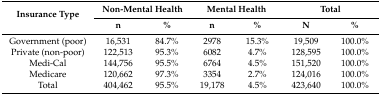
| <ROWSPAN=2> Insurance Type | <COLSPAN=2> Non-Mental Health | <COLSPAN=2> Mental Health | <COLSPAN=2> Total |
 | n | % | n | % | N | % |
 | --- | --- | --- | --- | --- | --- | --- |
 | Government (poor) | 16,531 | 84.7% | 2978 | 15.3% | 19,509 | 100.0% |
 | Private (non-poor) | 122,513 | 95.3% | 6082 | 4.7% | 128,595 | 100.0% |
 | Medi-Cal | 144,756 | 95.5% | 6764 | 4.5% | 151,520 | 100.0% |
 | Medicare | 120,662 | 97.3% | 3354 | 2.7% | 124,016 | 100.0% |
 | Total | 404,462 | 95.5% | 19,178 | 4.5% | 423,640 | 100.0% |